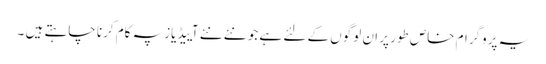
یہ پروگرام خاص طور پر ان لوگوں کے لئے ہے جو نئے نئے آییڈیاز پہ کام کرنا چاہتے ہیں ۔